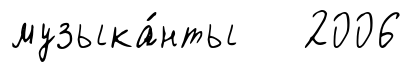
музыка́нты 2006